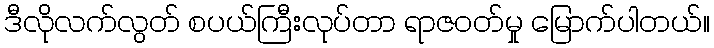
ဒီလိုလက်လွတ် စပယ်ကြီးလုပ်တာ ရာဇဝတ်မှု မြောက်ပါတယ်။